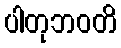
ပါတုဘဝတိ